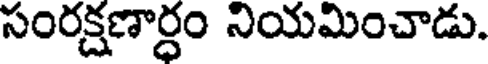
సంరక్షణార్ధం నియమించాడు.